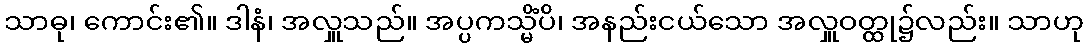
သာဓု၊ ကောင်း၏။ ဒါနံ၊ အလှူသည်။ အပ္ပကသ္မိံပိ၊ အနည်းငယ်သော အလှူဝတ္ထု၌လည်း။ သာဟု